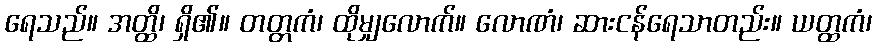
ရေသည်။ အတ္ထိ၊ ရှိ၏။ တတ္တကံ၊ ထိုမျှလောက်။ လောဏံ၊ ဆားငန်ရေသာတည်း။ ယတ္ထကံ၊